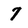
Character: 7